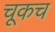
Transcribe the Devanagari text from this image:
चूकच